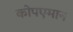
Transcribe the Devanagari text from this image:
कोपएमान